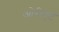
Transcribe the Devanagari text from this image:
ओरीएंट